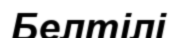
Белтілі